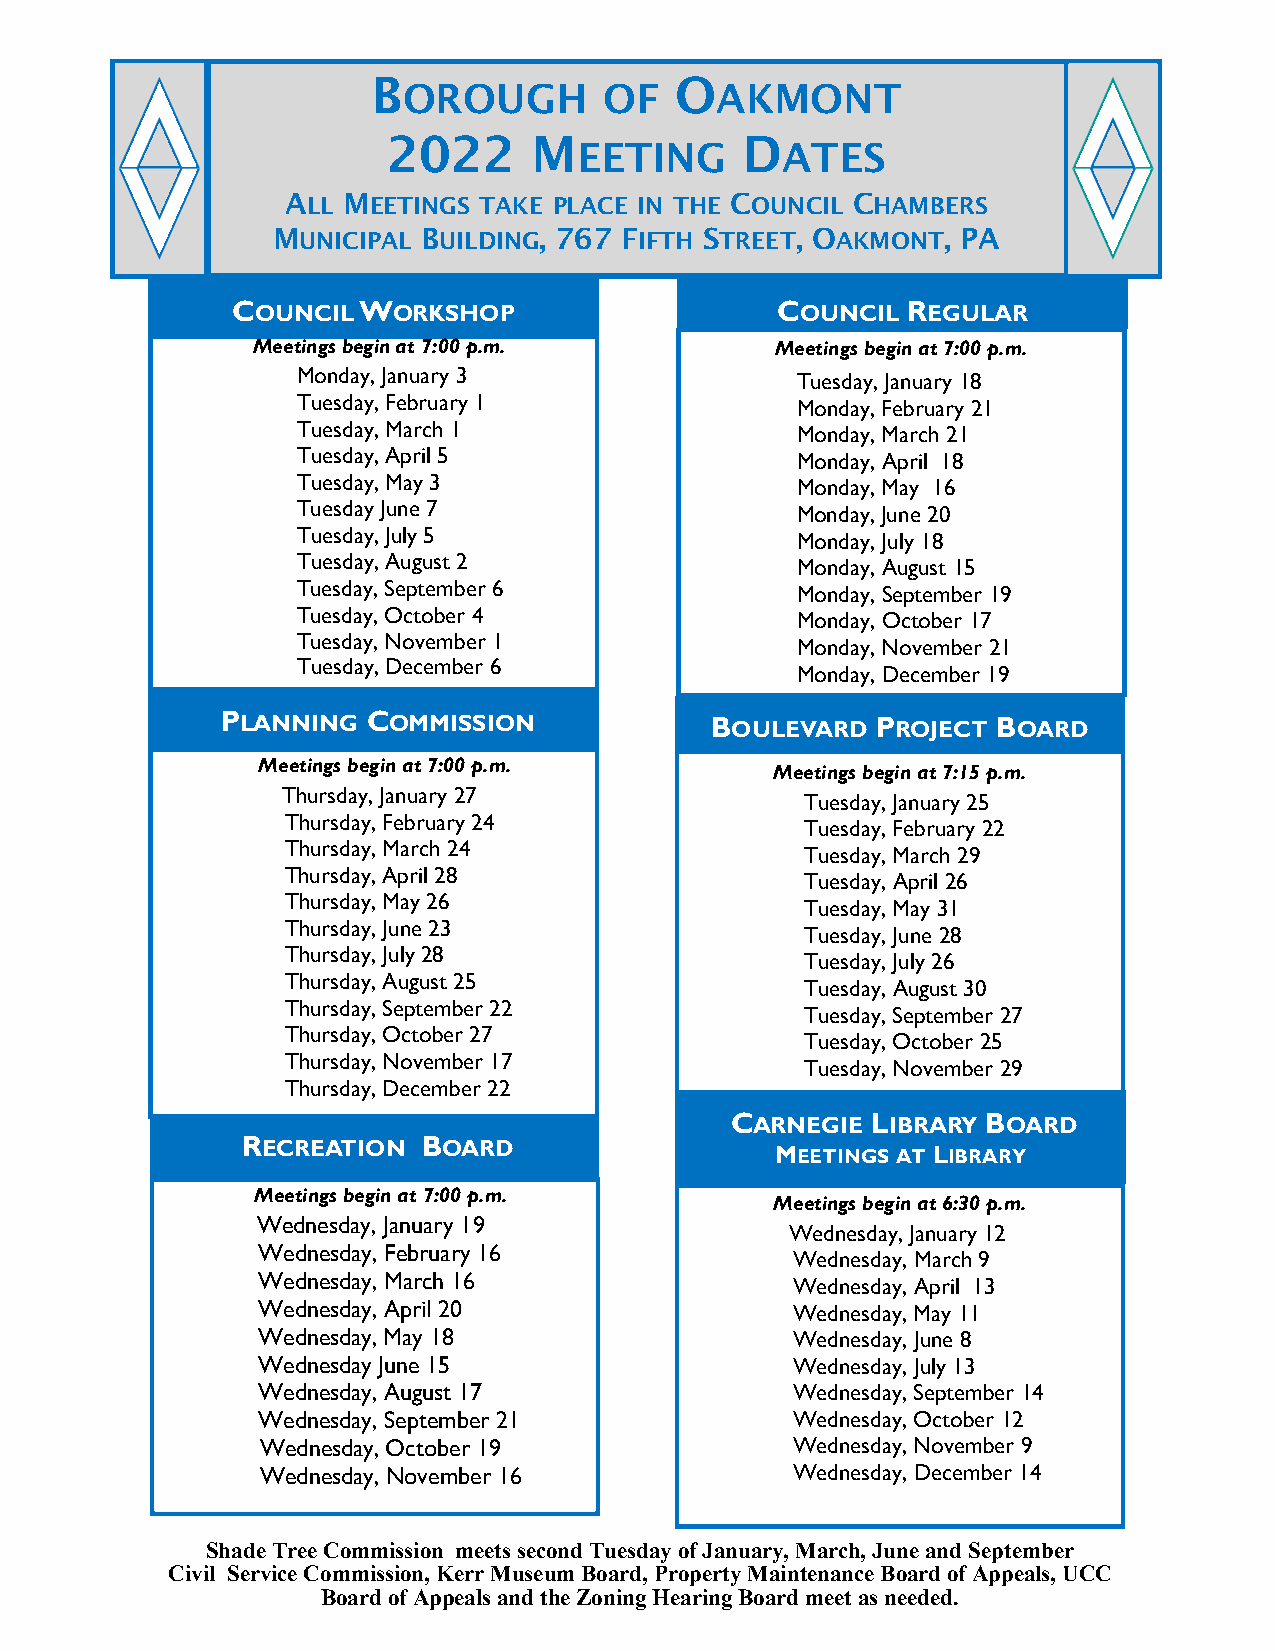
B                   O
 OROUGH       OF     AKMONT
 2022     M             D
 EETING        ATES
 ALL MEETINGS TAKE PLACE IN THE COUNCIL CHAMBERS
 MUNICIPAL BUILDING, 767 FIFTH STREET, OAKMONT, PA
 COUNCIL  WORKSHOP                   COUNCIL  REGULAR
 Meetings begin at 7:00 p.m.       Meetings begin at 7:00 p.m.
 Monday, January 3                Tuesday, Jan uary 18
 Tuesday, February 1              Monday, February 21
 Tuesday, March 1                 Monday, March 21
 Tuesday, April 5                 Monday, April 18
 Tuesday, May 3                   Monday, May 16
 Tuesday June 7                   Monday, June 20
 Tuesday, July 5                  Monday, July 18
 Tuesday, August 2                Monday, August 15
 Tuesday, September 6             Monday, September 19
 Tuesday, October 4               Monday, October 17
 Tuesday, November 1              Monday, November 21
 Tuesday, December 6
 Monday, December 19
 PLANNING COMMISSION             BOULEVARD  PROJECT BOARD
 Meetings begin at 7:00 p.m.
 Meetings begin at 7:15 p.m.
 Thursday, January 27
 Tuesday, Ja nuary 25
 Thursday, February 24
 Tuesday, February 22
 Thursday, March 24
 Tuesday, March 29
 Thursday, April 28
 Tuesday, April 26
 Thursday, May 26
 Tuesday, May 31
 Thursday, June 23
 Tuesday, June 28
 Thursday, July 28
 Tuesday, July 26
 Thursday, August 25
 Tuesday, August 30
 Thursday, September 22
 Tuesday, September 27
 Thursday, October 27
 Tuesday, October 25
 Thursday, November 17
 Tuesday, November 29
 Thursday, December 22
 CARNEGIE  LIBRARY BOARD
 RECREATION  BOARD
 MEETINGS AT LIBRARY
 Meetings begin at 7:00 p.m.
 Meetings begin at 6:30 p.m.
 Wednesday, January 19
 Wednesday, January 12
 Wednesday, February 16
 Wednesday, March 9
 Wednesday, March 16                 Wednesday, April 13
 Wednesday, April 20                 Wednesday, May 11
 Wednesday, May 18                   Wednesday, June 8
 Wednesday June 15                   Wednesday, July 13
 Wednesday, August 17                Wednesday, September 14
 Wednesday, September 21             Wednesday, October 12
 Wednesday, October 19               Wednesday, November 9
 Wednesday, November 16              Wednesday, December 14
 Shade Tree Commission meets second Tuesday of January, March, June and September
 Civil Service Commission, Kerr Museum Board, Property Maintenance Board of Appeals, UCC
 Board of Appeals and the Zoning Hearing Board meet as needed.